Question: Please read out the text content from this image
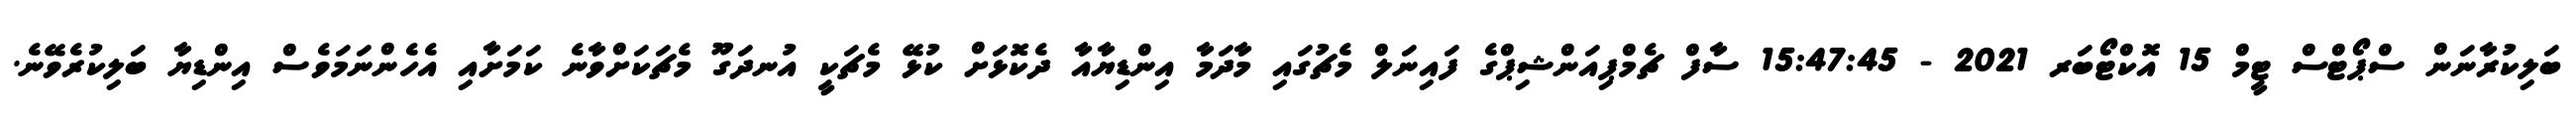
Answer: ބަލިކުރާނަން ސްޕޯޓްސް ޓީމް 15 އޮކްޓޯބަރ 2021 - 15:47:45 ސާފް ޗެމްޕިއަންޝިޕްގެ ފައިނަލް މެޗުގައި މާދަމާ އިންޑިޔާއާ ދެކޮޅަށް ކުޅޭ މެޗަކީ އުނދަގޫ މެޗަކަށްވާނެ ކަމަށާއި އެހެންނަމަވެސް އިންޑިޔާ ބަލިކުރެވޭނެ.